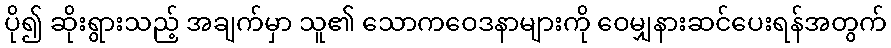
ပို၍ ဆိုးရွားသည့် အချက်မှာ သူ၏ သောကဝေဒနာများကို ဝေမျှနားဆင်ပေးရန်အတွက်